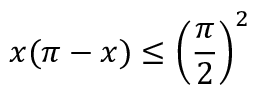
x ( \pi - x ) \leq \left( { \frac { \pi } { 2 } } \right) ^ { 2 }